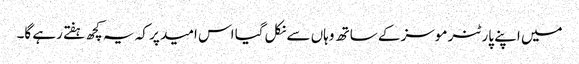
میں اپنے پارٹنر موسز کے ساتھ وہاں سے نکل گیا اس امید پر کہ یہ کچھ ہفتے رہے گا۔